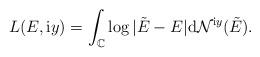
LaTeX: \begin{align*}L(E,\mathrm{i}y)= \int_{\mathbb{C}} \log |\tilde{E}-E|\mathrm{d}\mathcal{N}^{\mathrm{i}y}(\tilde{E}).\end{align*}